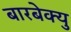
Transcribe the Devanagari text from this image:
बारबेक्यु